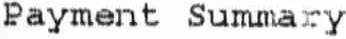
PAYMENT SUMMARY